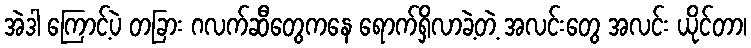
အဲဒါ ကြောင့်ပဲ တခြား ဂလက်ဆီတွေကနေ ရောက်ရှိလာခဲ့တဲ့ အလင်းတွေ အလင်း ယိုင်တာ၊